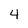
Character: 4